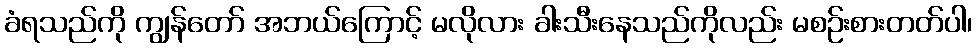
ခံရသည်ကို ကျွန်တော် အဘယ်ကြောင့် မလိုလား ခါးသီးနေသည်ကိုလည်း မစဉ်းစားတတ်ပါ၊